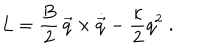
LaTeX: { L } = { \frac { B } { 2 } } \, \vec { q } \times \dot { \vec { q } } - { \frac { \kappa } { 2 } } q ^ { 2 } \; .